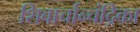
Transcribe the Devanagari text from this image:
शिवार्चान्चंद्रिका